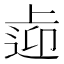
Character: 𨓑